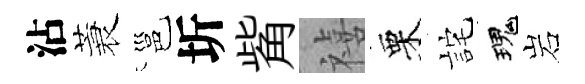
沾蓑邕圻觜禧栗詫瑰岩